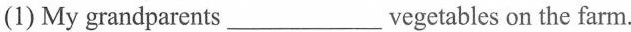
(1) My grandparents___vegetables on the farm.